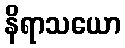
နိရာသယော